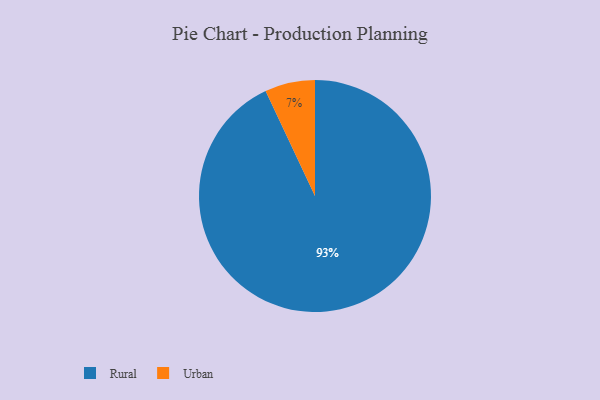
{"axis": {"x": "Category", "y": "Percentage"}, "legend": ["Rural", "Urban"], "data": [{"x": "Urban", "y": 7, "type": "Urban"}, {"x": "Rural", "y": 93, "type": "Rural"}]}